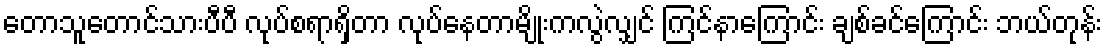
တောသူတောင်သားပီပီ လုပ်စရာရှိတာ လုပ်နေတာမျိုးကလွဲလျှင် ကြင်နာကြောင်း ချစ်ခင်ကြောင်း ဘယ်တုန်း